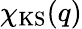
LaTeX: \chi_{\mathrm{KS}}(q)